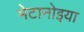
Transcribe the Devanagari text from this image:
मेटानोइया